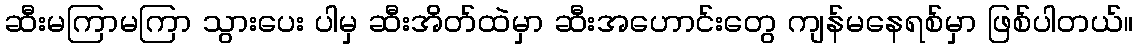
ဆီးမကြာမကြာ သွားပေး ပါမှ ဆီးအိတ်ထဲမှာ ဆီးအဟောင်းတွေ ကျန်မနေရစ်မှာ ဖြစ်ပါတယ်။